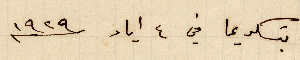
بتسكريما في ٤ أيار ١۹٢۹